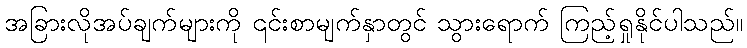
အခြားလိုအပ်ချက်များကို ၎င်းစာမျက်နှာတွင် သွားရောက် ကြည့်ရှုနိုင်ပါသည်။